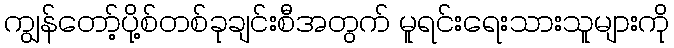
ကျွန်တော့်ပို့စ်တစ်ခုချင်းစီအတွက် မူရင်းရေးသားသူများကို